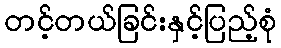
တင့်တယ်ခြင်းနှင့်ပြည့်စုံ